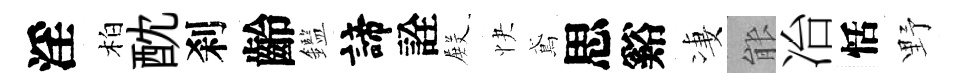
淫柏酖刹齡鑑諦詮𭮺快鳶思谿凄䏻冶恬野